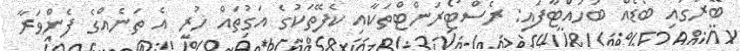
ބޭރުގައި ބޯޑެއް ބަހައްޓާފައި: ރެސްޓޯރަންޓްތަކާއި ކެފޭތަކުގެ އަގުތައް ހުރީ އެ ތަނެއްގެ ފެންވަރާ